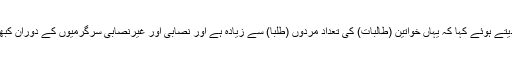
انہوں نے آزاد جموں کشمیر یونیورسٹی کا حوالہ دیتے ہوئے کہا کہ یہاں خواتین (طالبات) کی تعداد مردوں (طلبا) سے زیادہ ہے اور نصابی اور غیرنصابی سرگرمیوں کے دوران کبھی کسی قسم کی کوئی شکایت موصول نہیں ہوئی۔